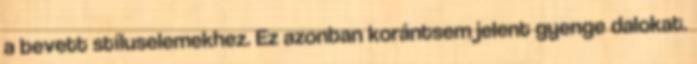
a bevett stíluselemekhez. Ez azonban korántsem jelent gyenge dalokat.